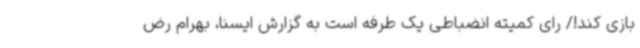
بازی کند!/ رای کمیته انضباطی یک طرفه است به گزارش ایسنا، بهرام رض